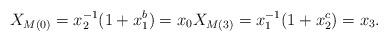
LaTeX: \begin{align*}X_{M(0)} = x_2^{-1}(1 + x_1^b) = x_0 X_{M(3)} = x_1^{-1}(1 + x_2^c) = x_3.\end{align*}